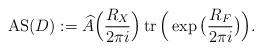
LaTeX: \begin{align*}\operatorname{AS}(D):=\widehat{A}\Big(\frac{R_X}{2\pi i}\Big) \operatorname{tr}\Big( \exp\big(\frac{R_F}{2\pi i}\big)\Big).\end{align*}